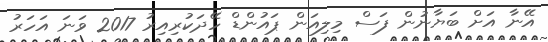
އޭނާ އަށް ބަޔާނުން ފަސް މިލިއަން ޕައުންޑް ހޭދަކުރިއިރު 2017 ވަނަ އަހަރު